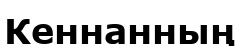
Кеннанның